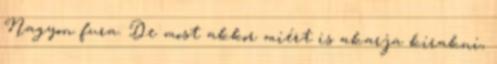
Nagyon fura. De most akkor miért is akarja kirakni,